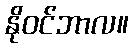
နိုဝင်ဘာလ။